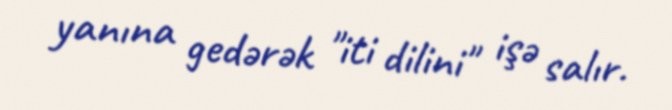
yanına gedərək "iti dilini" işə salır.